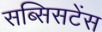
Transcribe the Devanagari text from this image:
सब्सिसटेंस